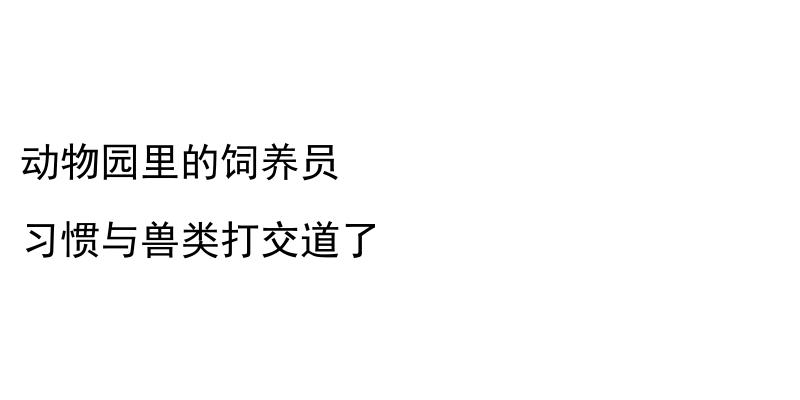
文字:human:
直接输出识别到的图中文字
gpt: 动物园里的饲养员 习惯与兽类打交道了